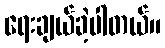
ရေးချယ်ခဲ့ပါတယ်။